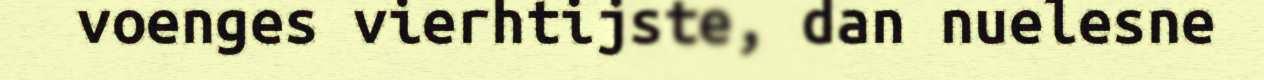
voenges vierhtijste, dan nuelesne